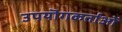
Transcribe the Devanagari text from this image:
उपयॊगकर्ताओं